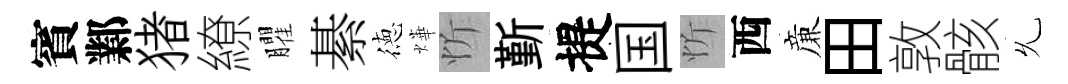
賓鄴猪繚臞綦徳燁忻斳提国忻西亷田敦骸𠃔